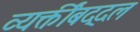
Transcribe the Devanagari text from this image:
व्यक्तींबद्दल